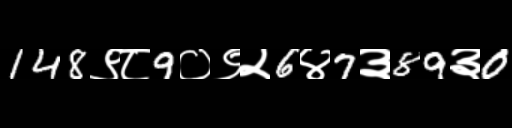
Text: 148९८9०९२6४7३89३0